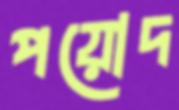
পয়োদ